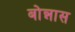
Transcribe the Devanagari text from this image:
बोन्नास